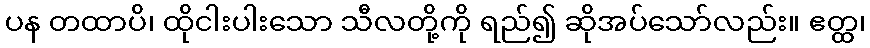
ပန တထာပိ၊ ထိုငါးပါးသော သီလတို့ကို ရည်၍ ဆိုအပ်သော်လည်း။ ဧတ္ထ၊